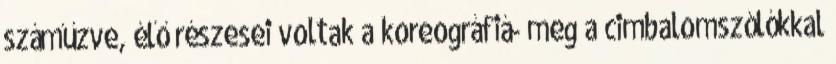
száműzve, élő részesei voltak a koreográfiá- meg a cimbalomszólókkal